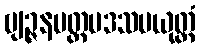
ဗျဉ္ဇနမတ္ထပဒသမယုတ္တံ